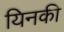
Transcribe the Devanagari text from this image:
यिनकी